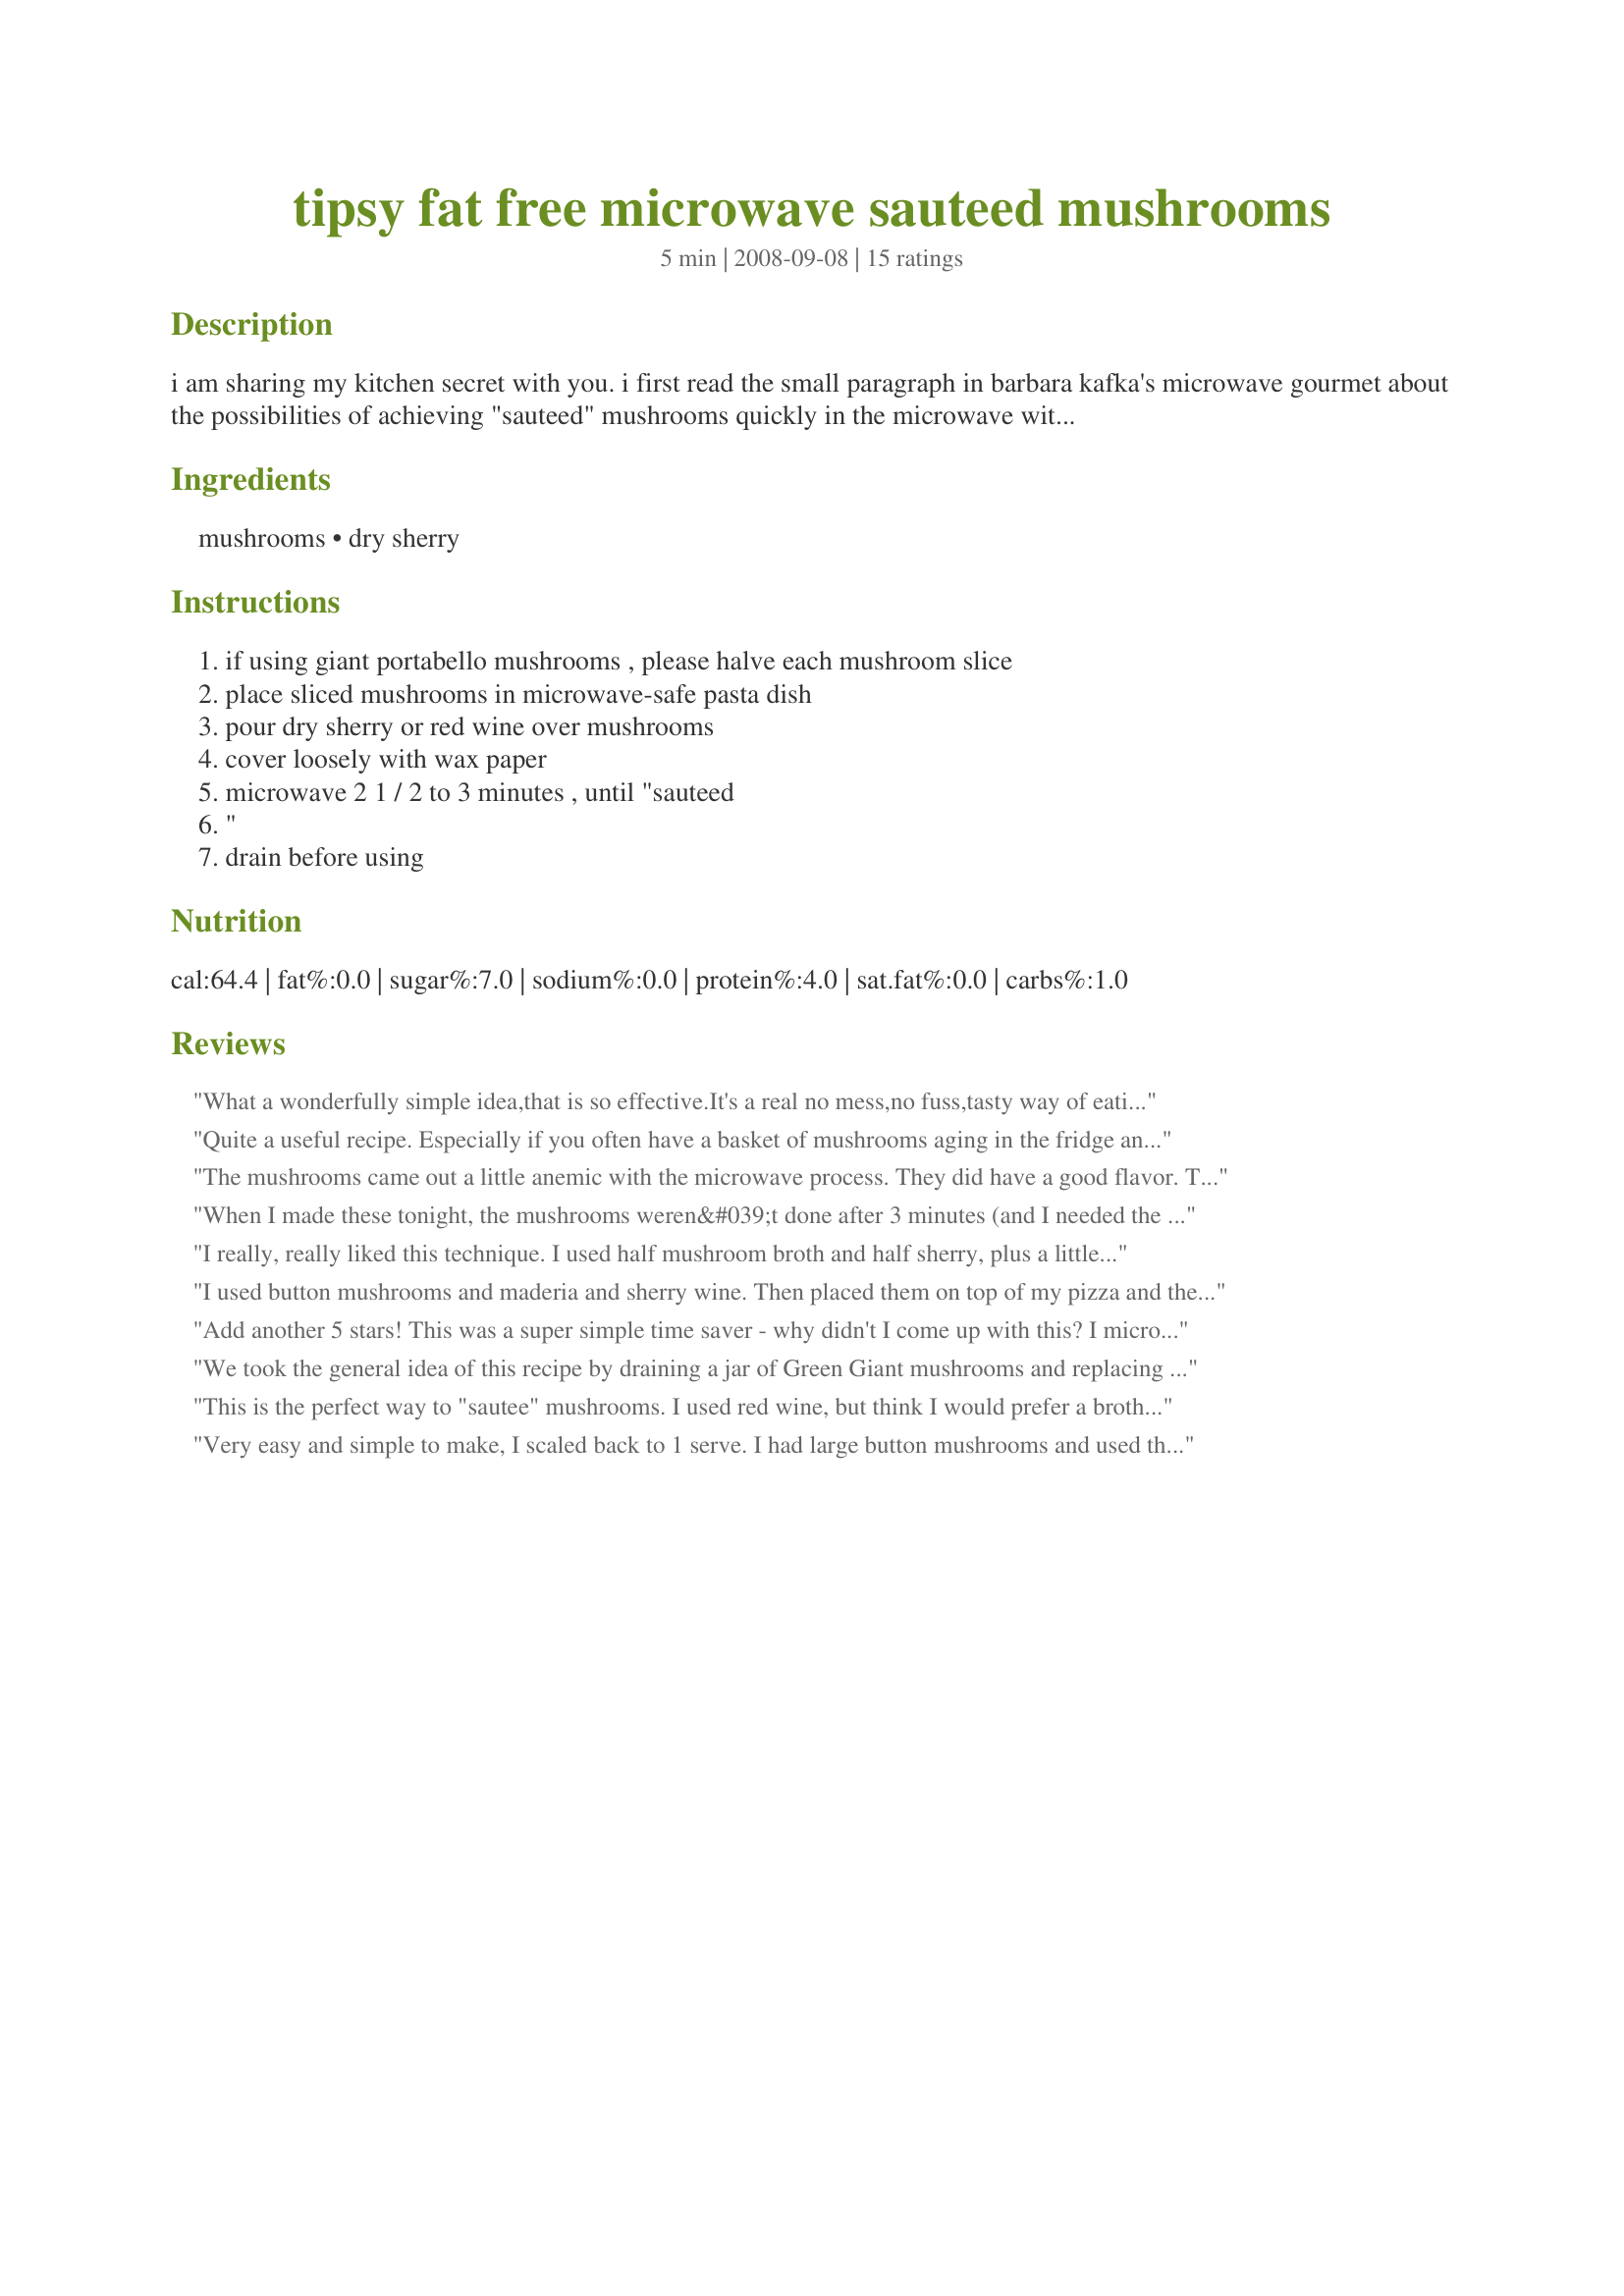
tipsy fat free microwave sauteed mushrooms
Preparation time: 5 minutes

i am sharing my kitchen secret with you. i first read the small paragraph in barbara kafka's microwave gourmet about the possibilities of achieving "sauteed" mushrooms quickly in the microwave without a drop of butter. then i began preparing my portabello mushrooms this way to top my signature pizza (have you ever noticed that if you pile a lot of toppings on a pizza, it's hard to cook everything through?). i admit i use dry sherry almost as much as i use olive oil! one giant portabello mushroom (5"-6" diameter) yielded 2 cups raw mushroom slice halves, which yielded 1 cup "sauteed" mushrooms for my pizza. these would also make a wonderful accompaniment to steaks or burgers, or omelets, or on other veggies...

Ingredients:
mushrooms, dry sherry

Steps:
if using giant portabello mushrooms , please halve each mushroom slice, place sliced mushrooms in microwave-safe pasta dish, pour dry sherry or red wine over mushrooms, cover loosely with wax paper, microwave 2 1 / 2 to 3 minutes , until "sauteed, ", drain before using

Reviews:
What a wonderfully simple idea,that is so effective.It's a real no mess,no fuss,tasty way of eating mushrooms,and I LOVE it.Thank you Kate.
Quite a useful recipe. Especially if you often have a basket of mushrooms aging in the fridge and need to do something with them NOW. I used to saute them with onions and freeze. This is much quicker. A warning, however, if you use sherry, they are very boozy-tasting. But this flavor dissipates into sauce and gives it a great dimension. Next time I will try red wine or broth. The texture is a little different, too. I did freeze these with little loss in quality. KateL, thanks for sharing this kitchen secret with me. I swear I have that book somewhere in this house, will have to search for it and see what else I might have missed....Janet
The mushrooms came out a little anemic with the microwave process. They did have a good flavor. The texture and lack of color was a little off-putting though.
When I made these tonight, the mushrooms weren&#039;t done after 3 minutes (and I needed the microwave) so I finished them off on the stove. The flavor was ok, but a lacking in something. Simple solution, we added some garlic salt and pepper. The texture is a little off. We&#039;d prefer them sauteed on the stove, but these are good for when you are in a hurry.
I really, really liked this technique. I used half mushroom broth and half sherry, plus a little bit of dried thyme for the liquid mixture. I also probably microwaved my mushrooms for about 6 minutes instead. I used my mushrooms to top grilled crostini, and it was really, really great because I did not have to use up a whole other burner on the stove to saute them!!
I used button mushrooms and maderia and sherry wine. Then placed them on top of my pizza and they were wonderful! I will used this method again. Made for Photo Tag.
Add another 5 stars! This was a super simple time saver - why didn't I come up with this? I microwaved them for 3 minutes, but I think 2 and a half would have been sufficient. Thanks for the posting!
We took the general idea of this recipe by draining a jar of Green Giant mushrooms and replacing it with beef broth and let them sit in the fridge overnight. WOW!!!! What a huge difference in flavor! We used them to make your Recipe #324009 and will use this whenever we use mushrooms from now on. Thanks Kate, for a superb keeper recipe! :)
This is the perfect way to "sautee" mushrooms. I used red wine, but think I would prefer a broth next time. The red wine flavor just was off for me. I will use the method though often for many recipes. Thanks :)
Very easy and simple to make, I scaled back to 1 serve. I had large button mushrooms and used the chicken stock option and for a 900W microwave took 2m 45s. I served on toast for brunch, but next time may add a little garlic or dissolve a little cornflour/cornstarch in some water and add to the drained liquid and thicken in the microwave to provide a sauce for the mushrooms. Next time will try with some nice meaty opened field mushrooms. Thank you KateL, made for Please Review My Recipe.
This is a great mushroom dish with so many possibilities! The texture was not quite the same as a sauteed mushroom but they were just as flavorful. I used red wine; next time I'd like to try a mix of red wine and beef broth, maybe with some herbs sprinkled in. We ate these as a side dish but they'd make a great topping for pizza or sandwiches too - thanks for posting the recipe!
I went with the red wine method and this was a really quick way of making rich tasting mushrooms. At the same time that these were cooking I sautÃ©ed some other veggies and them tossed them and these mushrooms together with some pasta and Parmesan for a nice vegetarian meal. Made for Pot Luck Tag.
I used chicken broth to go nicely with my chicken flavored veggie pattie, LOL. Super easy and quite tasty. Nobody else has mentioned this but with the release of the mushroom liquid I had a fair amount of liquid in the dish that had great flavor. I wished that I had had something to use it in as it seemed a waste to toss it out *sigh*. I'll surely use this method again :D.
Great technique! I used red wine and added some garlic powder and ground pepper. I own the Kafka cookbook this originated in, but forgot I even had it. Time to explore it again :)
Yummy! I used white wine and added a little garlic powder. These were wonderful over a grilled steak. Thanks KateL for a new keeper. Made for Zaar Star Tag.
